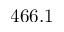
4 6 6 . 1